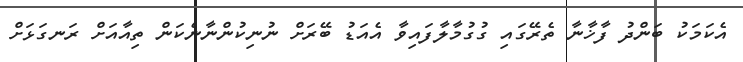
އެކަމަކު ބަންދު ފާޚާނާ ތެރޭގައި ގުގުމާލާފައިވާ އެއަޑު ބޭރަށް ނުނިކުންނާނެކަން ތިއާއަށް ރަނގަޅަށް